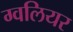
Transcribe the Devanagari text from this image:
ग्वलियर